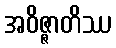
အဝိဇ္ဇာတိဿ